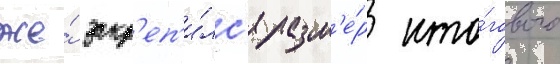
же́ закр'еп'и́лс'я разм'е́р ито́гового